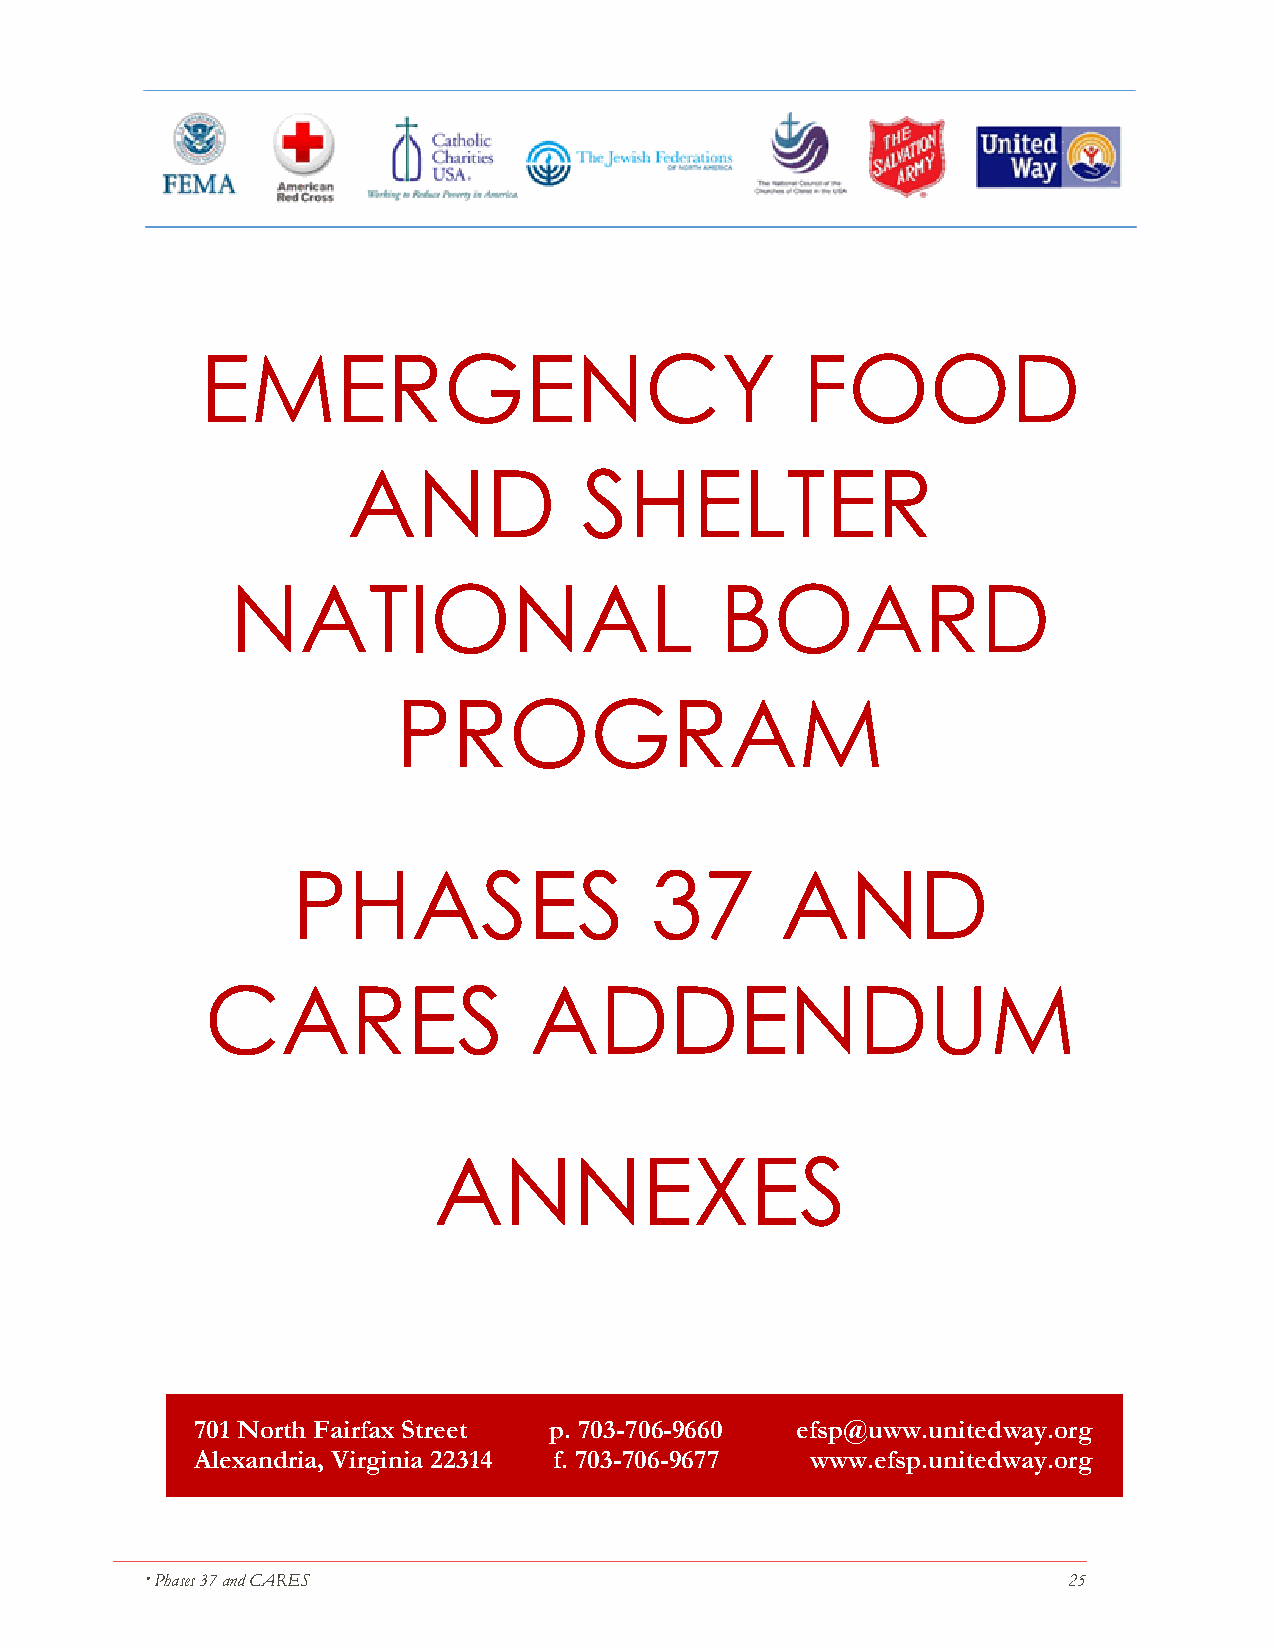
EMERGENCY                               FOOD
 AND             SHELTER
 NATIONAL                         BOARD
 PROGRAM
 PHASES                  37       AND
 CARES                ADDENDUM
 ANNEXES
 701 North Fairfax Street p. 703-706-9660 efsp@uww.unitedway.org
 Alexandria, Virginia 22314 f. 703-706-9677 www.efsp.unitedway.org
  Phases 37 and CARES                                         25